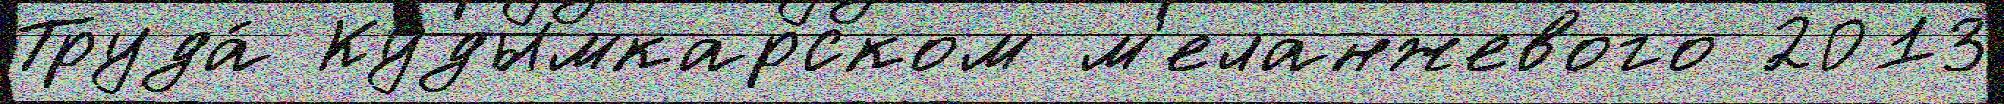
Труда́ Кудымкарском м'еланжевого 2013